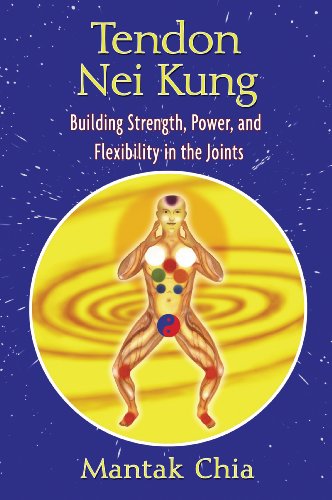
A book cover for Tendon Nei Kung: Building Strength, Power, and Flexibility in the Joints; Mantak Chia; Health, Fitness & Dieting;